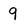
Character: 9